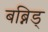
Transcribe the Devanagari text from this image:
बब्निड्